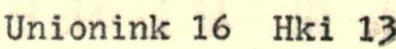
Unionink 16 Hki 13